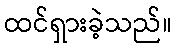
ထင်ရှားခဲ့သည်။